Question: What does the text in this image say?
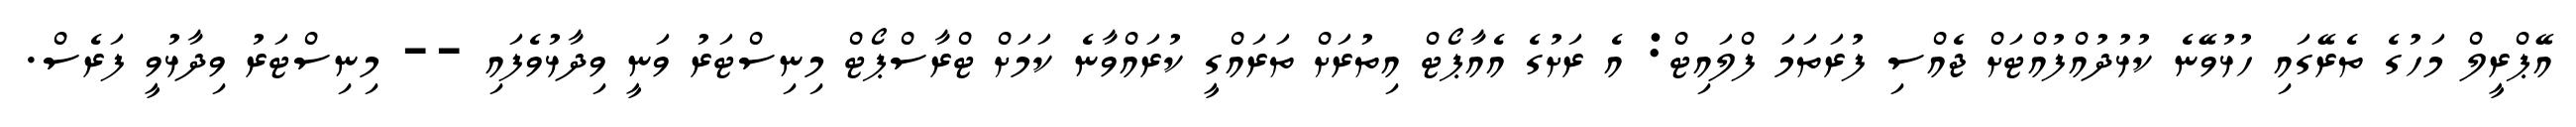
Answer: އޭޕްރީލް މަހުގެ ތެރޭގައި ހުޅުވޭނެ ކުޅުދުއްފުއްޓަށް ޖެއްސި ފުރަތަމަ ފްލައިޓް: އެ ރަށުގެ އެއާޕޯޓް އިތުރަށް ތަރައްގީ ކުރައްވާނެ ކަމަށް ޓްރާސްޕޯޓް މިނިސްޓަރު ވަނީ ވިދާޅުވެފައި -- މިނިސްޓަރު ވިދާޅުވީ ފަރެސް.